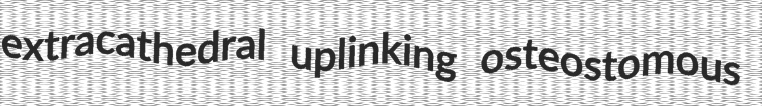
extracathedral uplinking osteostomous